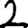
Digit: 2